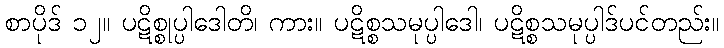
စာပိုဒ် ၁၂။ ပဋိစ္စုပ္ပါဒေါတိ၊ ကား။ ပဋိစ္စသမုပ္ပါဒေါ၊ ပဋိစ္စသမုပ္ပါဒ်ပင်တည်း။